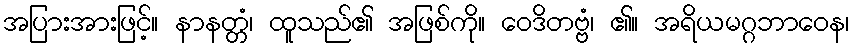
အပြားအားဖြင့်။ နာနတ္တံ၊ ထူသည်၏ အဖြစ်ကို။ ဝေဒိတဗ္ဗံ၊ ၏။ အရိယမဂ္ဂဘာဝေန၊